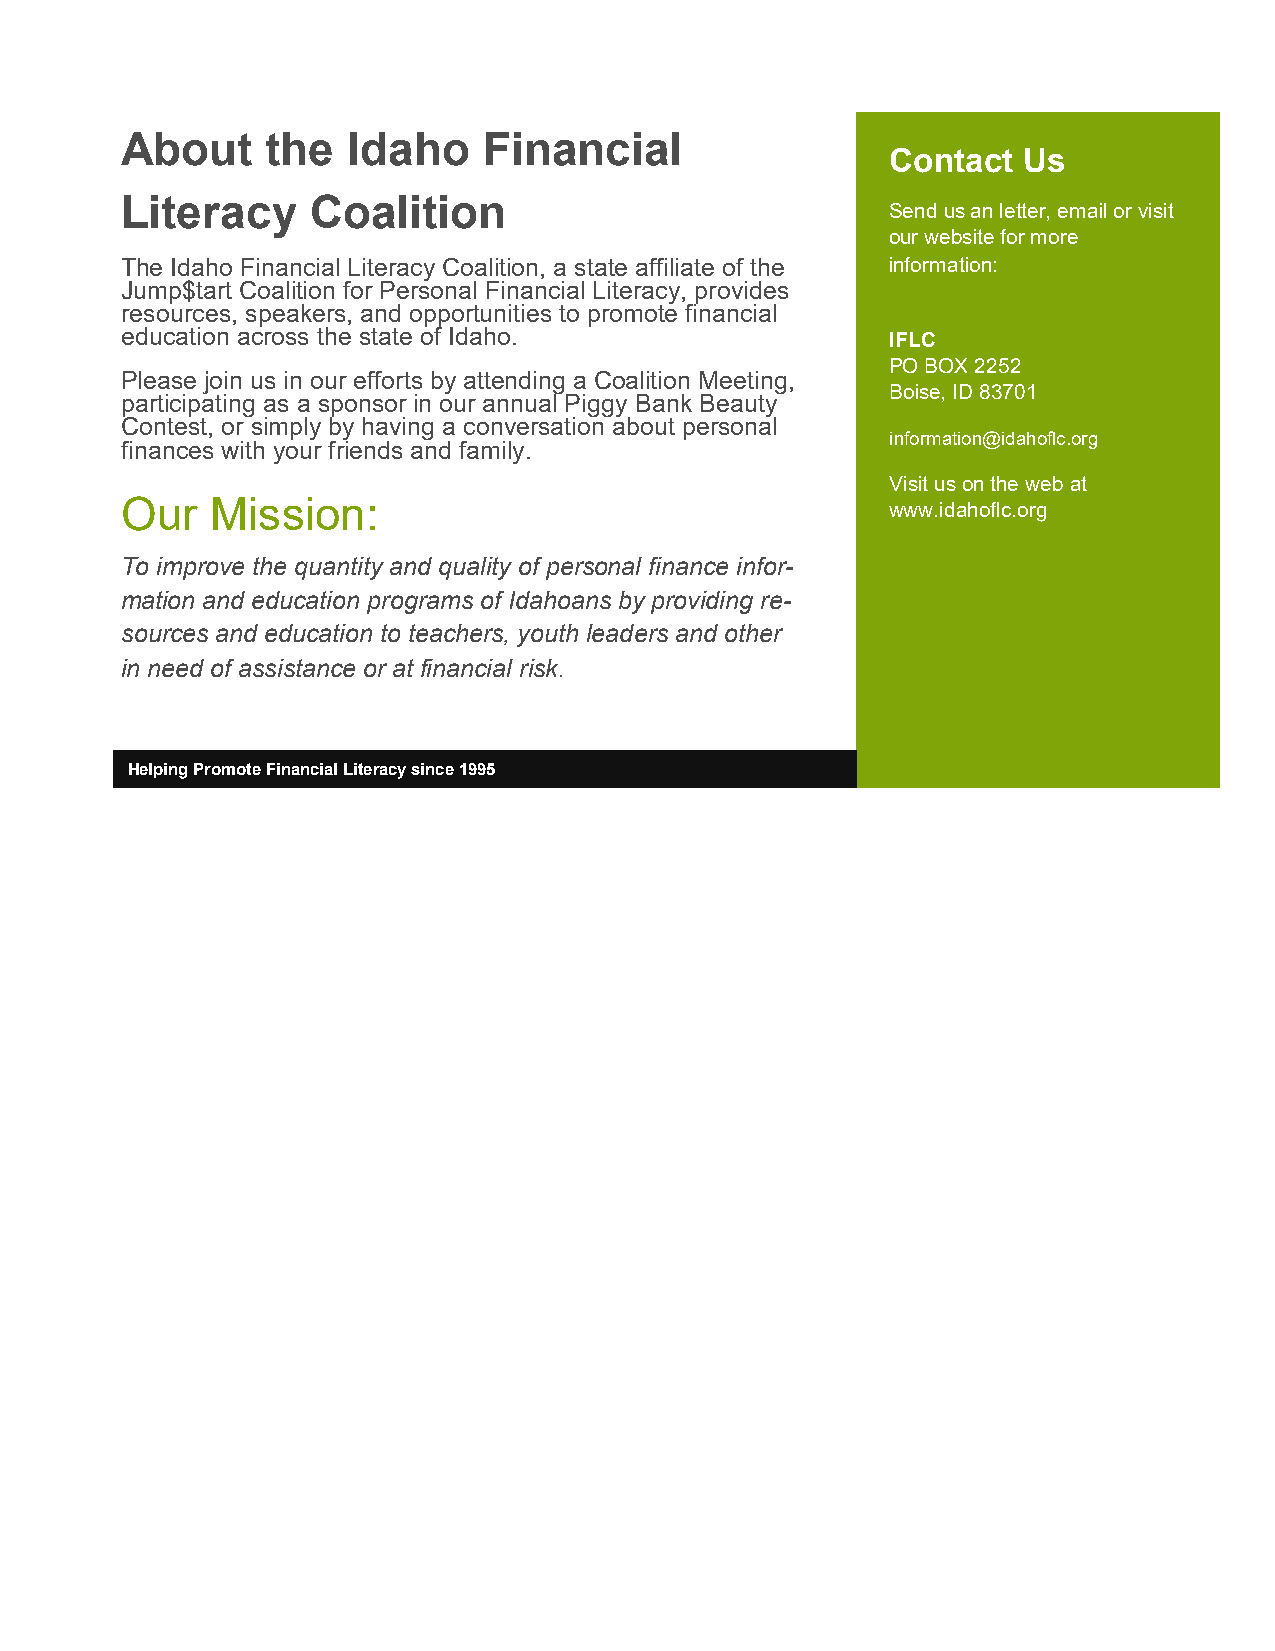
About     the  Idaho    Financial
 Contact  Us
 Literacy     Coalition
 Send us an letter, email or visit
 our website for more
 The Idaho Financial Literacy Coalition, a state affiliate of the information:
 Jump$tart Coalition for Personal Financial Literacy, provides
 resources, speakers, and opportunities to promote financial
 education across the state of Idaho.               IFLC
 PO BOX 2252
 Please join us in our efforts by attending a Coalition Meeting,
 Boise, ID 83701
 participating as a sponsor in our annual Piggy Bank Beauty
 Contest, or simply by having a conversation about personal
 information@idahoflc.org
 finances with your friends and family.
 Visit us on the web at
 Our   Mission:                                     www.idahoflc.org
 To improve the quantity and quality of personal finance infor-
 mation and education programs of Idahoans by providing re-
 sources and education to teachers, youth leaders and other
 in need of assistance or at financial risk.
 Helping Promote Financial Literacy since 1995